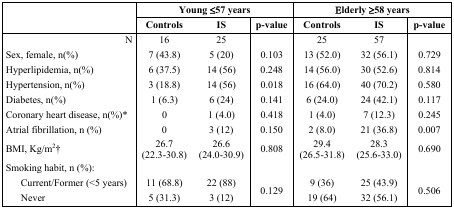
|  | <COLSPAN=3> Young ≤57 years | <COLSPAN=3> Elderly ≥58 years |
 |  | Controls | IS | p-value | Controls | IS | p-value |
 | --- | --- | --- | --- | --- | --- | --- |
 | N | 16 | 25 |  | 25 | 57 |  |
 | Sex, female, n(%) | 7 (43.8) | 5 (20) | 0.103 | 13 (52.0) | 32 (56.1) | 0.729 |
 | Hyperlipidemia, n(%) | 6 (37.5) | 14 (56) | 0.248 | 14 (56.0) | 30 (52.6) | 0.814 |
 | Hypertension, n(%) | 3 (18.8) | 14 (56) | 0.018 | 16 (64.0) | 40 (70.2) | 0.580 |
 | Diabetes, n(%) | 1 (6.3) | 6 (24) | 0.141 | 6 (24.0) | 24 (42.1) | 0.117 |
 | Coronary heart disease, n(%)* | 0 | 1 (4.0) | 0.418 | 1 (4.0) | 7 (12.3) | 0.245 |
 | Atrial fibrillation, n (%) | 0 | 3 (12) | 0.150 | 2 (8.0) | 21 (36.8) | 0.007 |
 | BMI, Kg/m2† | 26.7(22.3-30.8) | 26.6(24.0-30.9) | 0.808 | 29.4(26.5-31.8) | 28.3(25.6-33.0) | 0.690 |
 | Smoking habit, n (%): |  |  |  |  |  |  |
 | Current/Former (<5 years) | 11 (68.8) | 22 (88) | <ROWSPAN=2> 0.129 | 9 (36) | 25 (43.9) | <ROWSPAN=2> 0.506 |
 | Never | 5 (31.3) | 3 (12) | 19 (64) | 32 (56.1) |